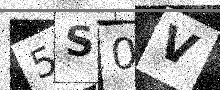
Text: 5S0V